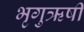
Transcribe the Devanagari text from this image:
भृगुऋषी